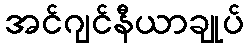
အင်ဂျင်နီယာချုပ်